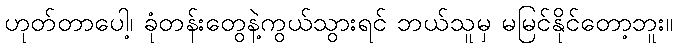
ဟုတ်တာပေါ့၊ ခုံတန်းတွေနဲ့ကွယ်သွားရင် ဘယ်သူမှ မမြင်နိုင်တော့ဘူး။